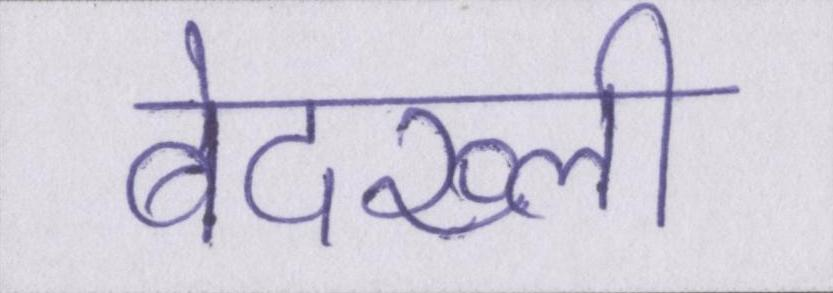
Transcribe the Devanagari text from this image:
बेदख्ली